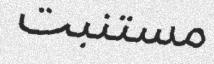
مستنبت